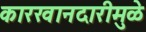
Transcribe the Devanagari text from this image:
कारखानदारीमुळे